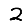
Digit: 2